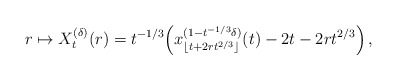
\begin{align*}r\mapsto X^{(\delta)}_t(r) = t^{-1/3}\Big(x^{(1-t^{-1/3}\delta)}_{\lfloor t+2rt^{2/3}\rfloor}(t)-2t-2rt^{2/3}\Big)\,,\end{align*}